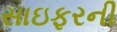
સાઇફરની